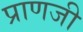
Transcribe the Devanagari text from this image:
प्राणजी